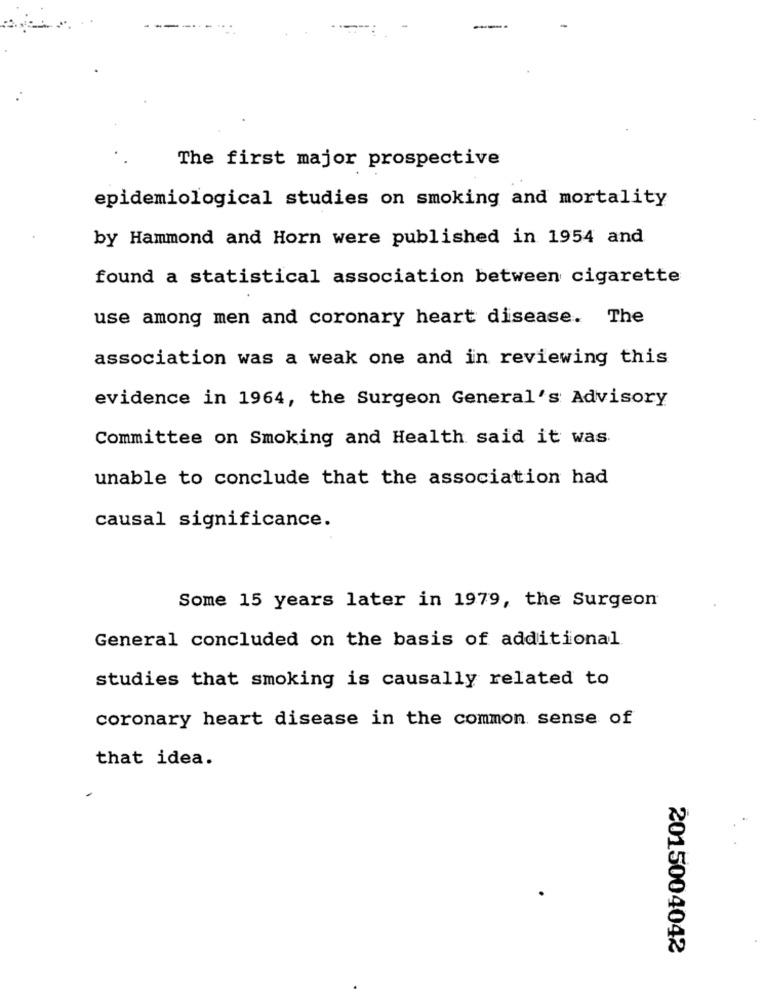
The first major prospective
epidemiological studies on smoking and mortality
by Hammond and Horn were published in 1954 and
found a statistical association between cigarette
use among men and coronary heart disease. The
association was a weak one and in reviewing this
evidence in 1964, the Surgeon General's Advisory
Committee on Smoking and Health said it was
unable to conclude that the association had
causal significance.
Some 15 years later in 1979, the Surgeon
General concluded on the basis of additional
studies that smoking is causally related to
coronary heart disease in the common sense of
that idea.
2015004042